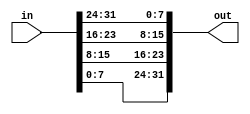
/*A 32-bit vector can be viewed as containing 4 bytes (bits [31:24], [23:16], etc.). Build a circuit that will reverse the byte ordering of the 4-byte word.

AaaaaaaaBbbbbbbbCcccccccDddddddd => DdddddddCcccccccBbbbbbbbAaaaaaaa
This operation is often used when the endianness of a piece of data needs to be swapped, for example between little-endian x86 systems and the big-endian formats used in many Internet protocols.
*/

module top_module( 
    input [31:0] in,
    output [31:0] out );//

    assign out[31:24] = in[7:0];
    assign out[23:16] = in[15:8];
    assign out[15:8] = in[23:16];
    assign out[7:0] = in[31:24];

endmodule